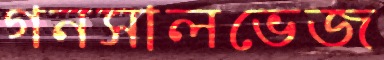
গনসালভেজ